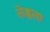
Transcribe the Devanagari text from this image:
लेह्नला